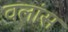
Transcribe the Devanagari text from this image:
वलांस